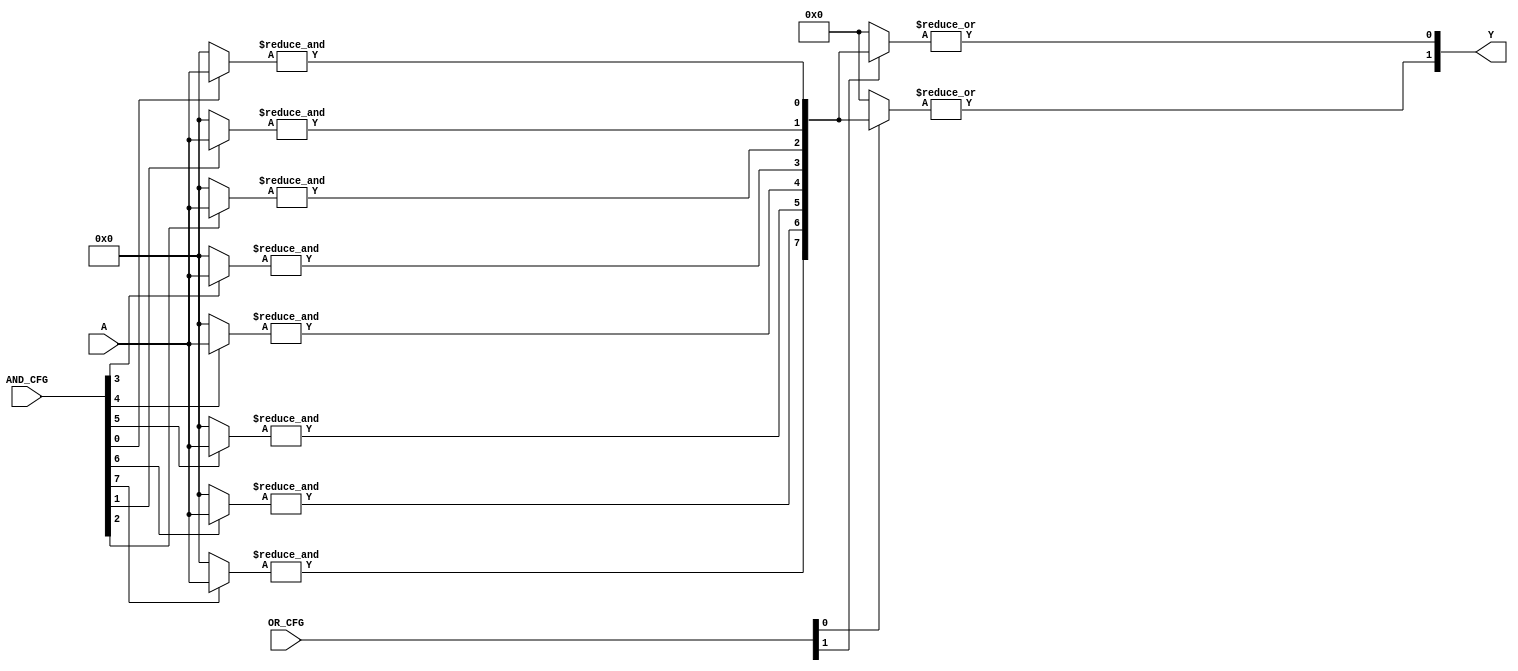
module GAL (
    input wire [N-1:0] A,      // Input signals (N inputs)
    input wire [M-1:0] AND_CFG, // Configuration for AND gates (M configurations)
    input wire [P-1:0] OR_CFG,  // Configuration for OR gates (P configurations)
    output wire [O-1:0] Y       // Output signals (O outputs)
);
    parameter N = 4; // Number of inputs
    parameter M = 8; // Number of AND gates
    parameter P = 4; // Number of OR gates
    parameter O = 2; // Number of outputs

    wire [M-1:0] and_out; // Outputs of AND gates
    wire [P-1:0] or_out;  // Outputs of OR gates

    // AND gates implementation
    genvar i, j;
    generate
        for (i = 0; i < M; i = i + 1) begin : and_gates
            wire [N-1:0] and_inputs;
            assign and_inputs = (AND_CFG[i] == 1'b1) ? A : {N{1'b0}}; // Example configuration
            assign and_out[i] = &and_inputs; // AND operation
        end
    endgenerate

    // OR gates implementation
    generate
        for (j = 0; j < P; j = j + 1) begin : or_gates
            wire [M-1:0] or_inputs;
            assign or_inputs = (OR_CFG[j] == 1'b1) ? and_out : {M{1'b0}}; // Example configuration
            assign or_out[j] = |or_inputs; // OR operation
        end
    endgenerate

    // Output configuration
    assign Y = {or_out[0], or_out[1]}; // Example output assignment

endmodule